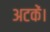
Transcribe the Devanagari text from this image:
अटकें।